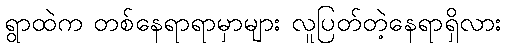
ရွာထဲက တစ်နေရာရာမှာများ လူပြတ်တဲ့နေရာရှိလား